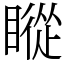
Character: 瞛